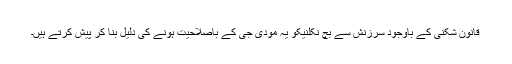
قانون شکنی کے باوجود سرزنش سے بچ نکلنیکو یہ مودی جی کے باصلاحیت ہونے کی دلیل بنا کر پیش کرتے ہیں۔